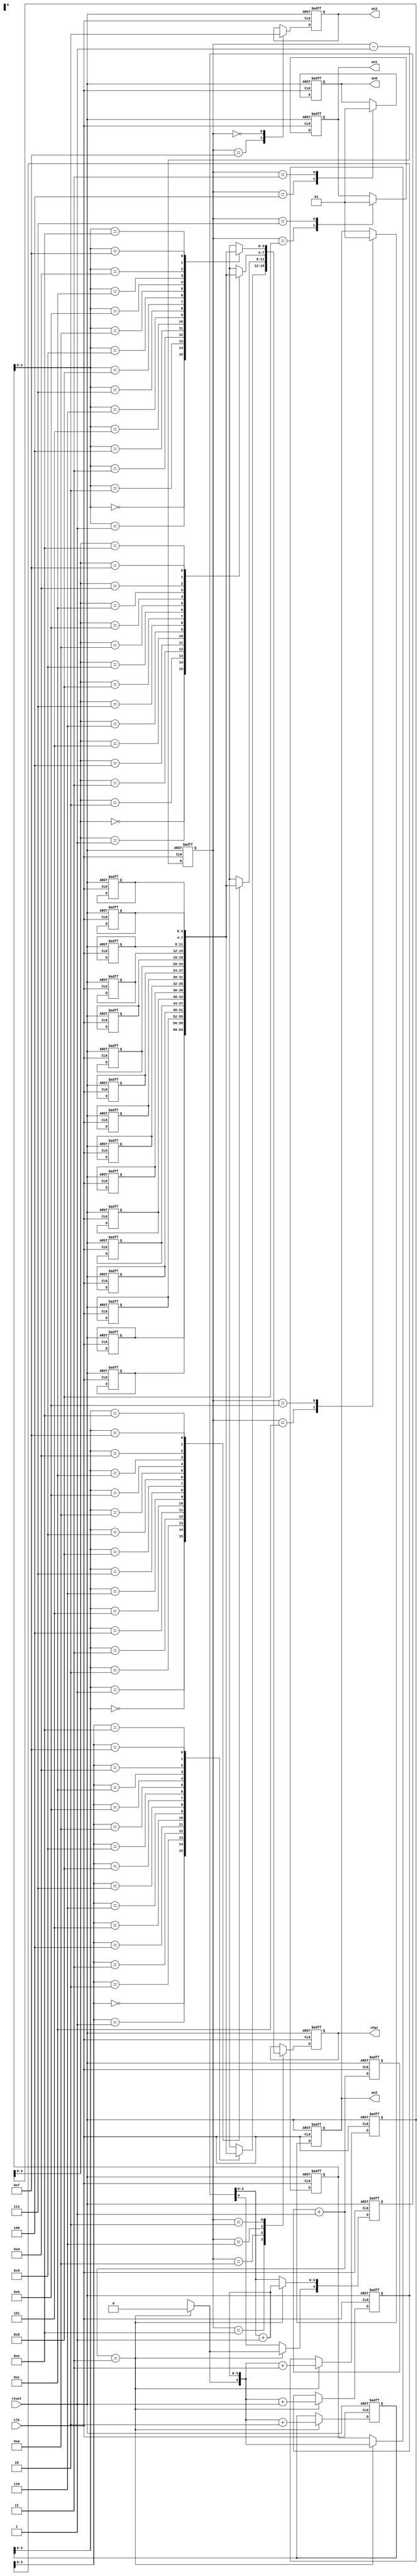
/* Axelou Olympia
 * oaxelou@uth.gr 
 * 2161
 * 
 * ce430
 * Project1: 7-Segment display
 *
 * Part D: 16-char message display circular with a timer
 * 
 * fsm: chooses which anode is down and the character to display
 *  
 * input: the signals clk, reset
 * output: the anode and the char
 *
 *
 * Implementation: 
 * 
 *                                            FLOW TABLE
 * 
 *     STATES     |     I N P U T S   |          O  U  T  P  U  T  S
 *                |                                      |
 *  state/counter |  reset  |  reset' | an3 | an2 | an1 | an0 ||      char
 *  --------------|---------|-----------------|----------|----||------------------
 *   init_state   | init_st | 15/1111 |  x  |  x  |  x  |  x  ||       x  
 *     15/1111    | init_st | 14/1110 |  0  |  1  |  1  |  1  || message[index  ]
 *     14/1110    | init_st | 13/1101 |  1  |  1  |  1  |  1  || message[index  ]
 *     12/1100    | init_st | 11/1011 |  1  |  1  |  1  |  1  || message[index+1] 
 *     11/1011    | init_st | 10/1010 |  1  |  0  |  1  |  1  || message[index+1] 
 *     10/1010    | init_st |  9/1001 |  1  |  1  |  1  |  1  || message[index+1] 
 *      8/1000    | init_st |  7/0111 |  1  |  1  |  1  |  1  || message[index+2] 
 *      7/0111    | init_st |  6/0110 |  1  |  1  |  0  |  1  || message[index+2] 
 *      6/0110    | init_st |  5/0101 |  1  |  1  |  1  |  1  || message[index+2]  
 *      4/0100    | init_st |  3/0011 |  1  |  1  |  1  |  1  || message[index+3] 
 *      3/0011    | init_st |  2/0010 |  1  |  1  |  1  |  0  || message[index+3]
 *      2/0010    | init_st |  1/0001 |  1  |  1  |  1  |  1  || message[index+3]  
 *      0/0000    | init_st | 15/1111 |  1  |  1  |  1  |  1  || message[index  ] 
 *     default    | init_st | state-1 |  x  |  x  |  x  |  x  ||       x  <-
 *                                                                         | 
 *                                              The x values here mean that we don't
 *                                                 care about the current value
 * How to read the table:
 * The reset & reset' columns show the next state.
 * The outputs columns show the current values of the regs.
 * If (index_change_counter == 1_1) then index = index + 1 
 * and at init_state index = 0
 *
 * About the index for the memory:
 * index_change_counter is a 22-bit register (so that the message moves every 1.34sec)
 * But for the simulation and the waveforms, it's a 5bit reg.
 * So, to create the Bit File for the FPGA change it to 22bit counter!
 */
 
module fsm(clk, reset, an3, an2, an1, an0, char);
input clk, reset;
output an3, an2, an1, an0;
output [3:0] char;

reg [3:0] counter;
reg an3, an2, an1, an0;
reg [3:0] char;

reg [4:0] index;
reg [4:0] index_an3, index_an2, index_an1, index_an0;
reg [3:0] message [0:15];

reg [4:0] index_change_counter;
//reg [21:0] index_change_counter;	 

always @(posedge clk or posedge reset)
begin
	if(reset)
	begin
		index_change_counter = 5'b0_0; //22'b0_0;
		index = 5'b00000;

		index_an3 = index;
		index_an2 = index + 1;
		index_an1 = index + 2;
		index_an0 = index + 3;
	end
	else
	begin
		index_change_counter = index_change_counter + 1;
		if(index_change_counter == 5'b1_1) //22'b1_1)
		begin
			index = index + 1;
			
			if(index[4])
				index[4] = 1'b0;
			
			index_an3 = index;
			index_an2 = index + 1;
			index_an1 = index + 2;
			index_an0 = index + 3;
		end
	end
end

always @(posedge clk or posedge reset) begin
	if(reset) 
	begin
		counter = 4'b1111;
		
		message[0]  = 4'b0000; 
		message[1]  = 4'b0001;
		message[2]  = 4'b0010;
		message[3]  = 4'b0011;

		message[4]  = 4'b0100; 
		message[5]  = 4'b0101;
		message[6]  = 4'b0110;
		message[7]  = 4'b0111;

		message[8]  = 4'b1000; 
		message[9]  = 4'b1001;
		message[10] = 4'b1010;
		message[11] = 4'b1011;

		message[12] = 4'b1100; 
		message[13] = 4'b1101;
		message[14] = 4'b1110;
		message[15] = 4'b1111; 
		
		an3 = 1'b1; 
		an2 = 1'b1;
		an1 = 1'b1;
		an0 = 1'b1;
		
		char = message[0];
	end
	else 
	begin
		case(counter)
			4'b1111: 
			begin
				counter = counter - 1;
				an3 = 1'b1;
			end
			4'b1110: 
			begin
				counter = counter - 1;
				char = message[index_an2[3:0]];
			end
			4'b1100: 
			begin 
				counter = counter - 1;
				an2 = 1'b0; 			
			end 
			4'b1011: 
			begin 
				counter = counter - 1;
				an2 = 1'b1; 
			end	
			4'b1010: 
			begin
				counter = counter - 1;
				char = message[index_an1[3:0]]; 
			end
			4'b1000: 
			begin 
				counter = counter - 1;
				an1 = 1'b0; 
			end 
			4'b0111: 
			begin
				counter = counter - 1;
				an1 = 1'b1;
			end
			4'b0110: 
			begin
				counter = counter - 1;
				char = message[index_an0[3:0]];
			end
			4'b0100: 
			begin 
				counter = counter - 1;
				an0 = 1'b0; 
			end 
			4'b0011: 
			begin
				counter = counter - 1;
				an0 = 1'b1;
			end
			4'b0010: 
			begin
				counter = counter - 1;
				char = message[index_an3[3:0]];
			end
			4'b0000: 
			begin 
				counter = counter - 1;
				an3 = 1'b0; 
			end
			default: 
			begin 
				counter = counter - 1;
			end
		endcase
	end
end
endmodule